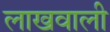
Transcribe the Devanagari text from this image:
लाखवाली